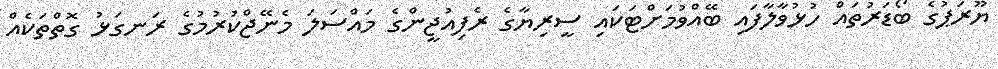
ޔޫރަޕުގެ ބޯޑަރުތައް ހުޅުވާލާފައި ބޭއްވުމަށްޓަކައި ސީރިޔާގެ ރެފިއުޖީންގެ މައްސަލަ މެނޭޖްކުރުމުގެ ރަނގަޅު ގޮތްތަކެއް